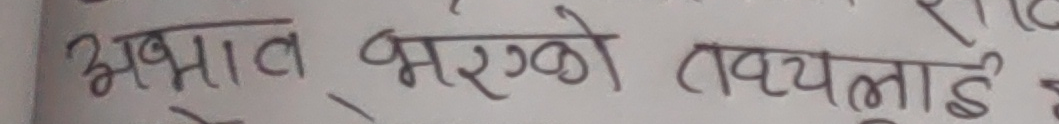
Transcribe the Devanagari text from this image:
अभाव भएको तथ्यलाई